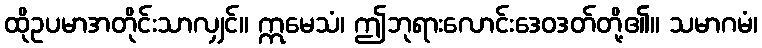
ထိုဥပမာအတိုင်းသာလျှင်။ ဣမေသံ၊ ဤဘုရားလောင်းဒေဝဒတ်တို့၏။ သမာဂမံ၊